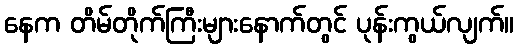
နေက တိမ်တိုက်ကြီးများနောက်တွင် ပုန်းကွယ်လျက်။